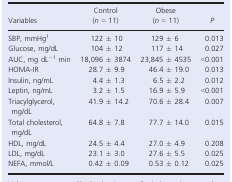
<table><thead><tr><td><b>Variables</b></td><td><b>Control (<i>n</i> = 11)</b></td><td><b>Obese (<i>n</i> = 11)</b></td><td><b><i>P</i></b></td></tr></thead><tbody><tr><td>SBP, mmHga</td><td>122 ± 10</td><td>129 ± 6</td><td>0.013</td></tr><tr><td>Glucose, mg/dL</td><td>104 ± 12</td><td>117 ± 14</td><td>0.027</td></tr><tr><td>AUC, mg dL<sup>−1</sup> min</td><td>18,096 ± 3874</td><td>23,845 ± 4535</td><td>&lt;0.001</td></tr><tr><td>HOMA‐IR</td><td>28.7 ± 9.9</td><td>46.4 ± 19.0</td><td>0.013</td></tr><tr><td>Insulin, ng/mL</td><td>4.4 ± 1.3</td><td>6.5 ± 2.2</td><td>0.012</td></tr><tr><td>Leptin, ng/mL</td><td>3.2 ± 1.5</td><td>16.9 ± 5.9</td><td>&lt;0.001</td></tr><tr><td>Triacylglycerol, mg/dL</td><td>41.9 ± 14.2</td><td>70.6 ± 28.4</td><td>0.007</td></tr><tr><td>Total cholesterol, mg/dL</td><td>64.8 ± 7.8</td><td>77.7 ± 14.0</td><td>0.015</td></tr><tr><td>HDL, mg/dL</td><td>24.5 ± 4.4</td><td>27.0 ± 4.9</td><td>0.208</td></tr><tr><td>LDL, mg/dL</td><td>23.1 ± 3.0</td><td>27.6 ± 5.5</td><td>0.025</td></tr><tr><td>NEFA, mmol/L</td><td>0.42 ± 0.09</td><td>0.53 ± 0.12</td><td>0.025</td></tr></tbody></table>